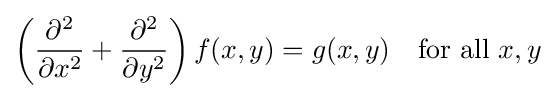
\left({\frac {\partial ^{2}}{\partial x^{2}}}+{\frac {\partial ^{2}}{\partial y^{2}}}\right)f(x,y)=g(x,y)\quad {\text{for all }}x,y